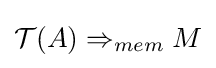
{\mathcal {T}}(A)\Rightarrow _{mem}M